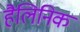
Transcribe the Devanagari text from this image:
हैलिनिक